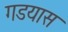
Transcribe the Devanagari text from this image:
गडयास